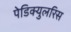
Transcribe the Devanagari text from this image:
पेडिक्युलरिस